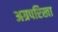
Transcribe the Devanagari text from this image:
अग्रपरिखा